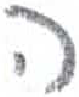
אות: ה